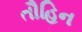
તૌહિન